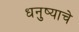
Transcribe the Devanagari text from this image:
धनुष्याचे